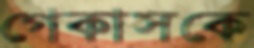
গেকাসকে